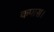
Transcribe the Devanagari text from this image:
कपास।